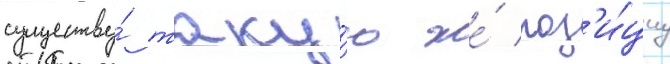
существу́ таку́ю же́ поз'и́циу